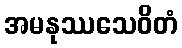
အမနုဿသေဝိတံ